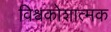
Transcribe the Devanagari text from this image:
विश्वकोशात्मक